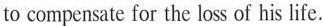
to compensate for the loss of his life.